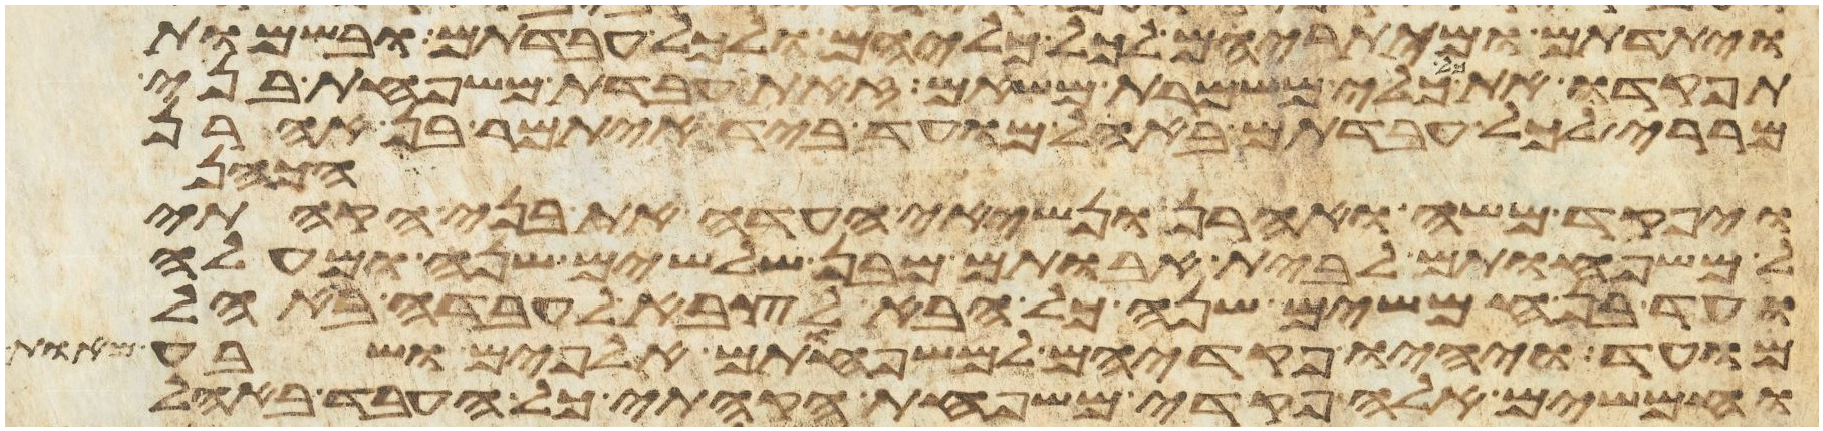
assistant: ויתדתם ומיתריהם לכל כליהם ולכל עבדתם ובשמות
תפקדו את כל כלי משמרת משאם זאת עבדת משפחת בני
מררי לכל עבדתם באהל מועד ביד איתמר בן אהרן
הכהן
ויפקד משה ואהרן ונשיאי העדה את בני הקהתי
למשפחותם לבית אבותם מבן שלשים שנה ומעלה
ועד בן חמשים שנה כל הבא לצבא לעבדה באהל
מועד ויהיו פקדיהם למשפחותם אלפים ושבע מאות
וחמשים אלה פקדי משפחת הקהתי כל העבד באהל